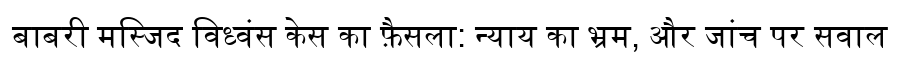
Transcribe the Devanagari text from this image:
बाबरी मस्जिद विध्वंस केस का फ़ैसला: न्याय का भ्रम, और जांच पर सवाल